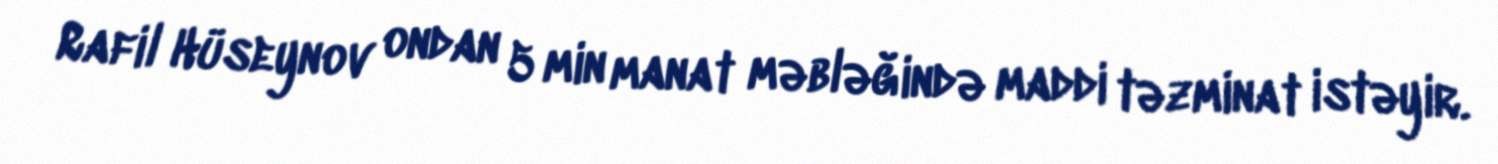
Rafil Hüseynov ondan 5 min manat məbləğində maddi təzminat istəyir.